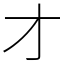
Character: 才